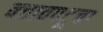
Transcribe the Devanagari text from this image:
बचावपटूचा